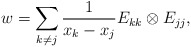
\begin{align*}w=\sum_{k\neq j}\frac{1}{x_k-x_j}E_{kk}\otimes E_{jj},\end{align*}